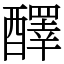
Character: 醳